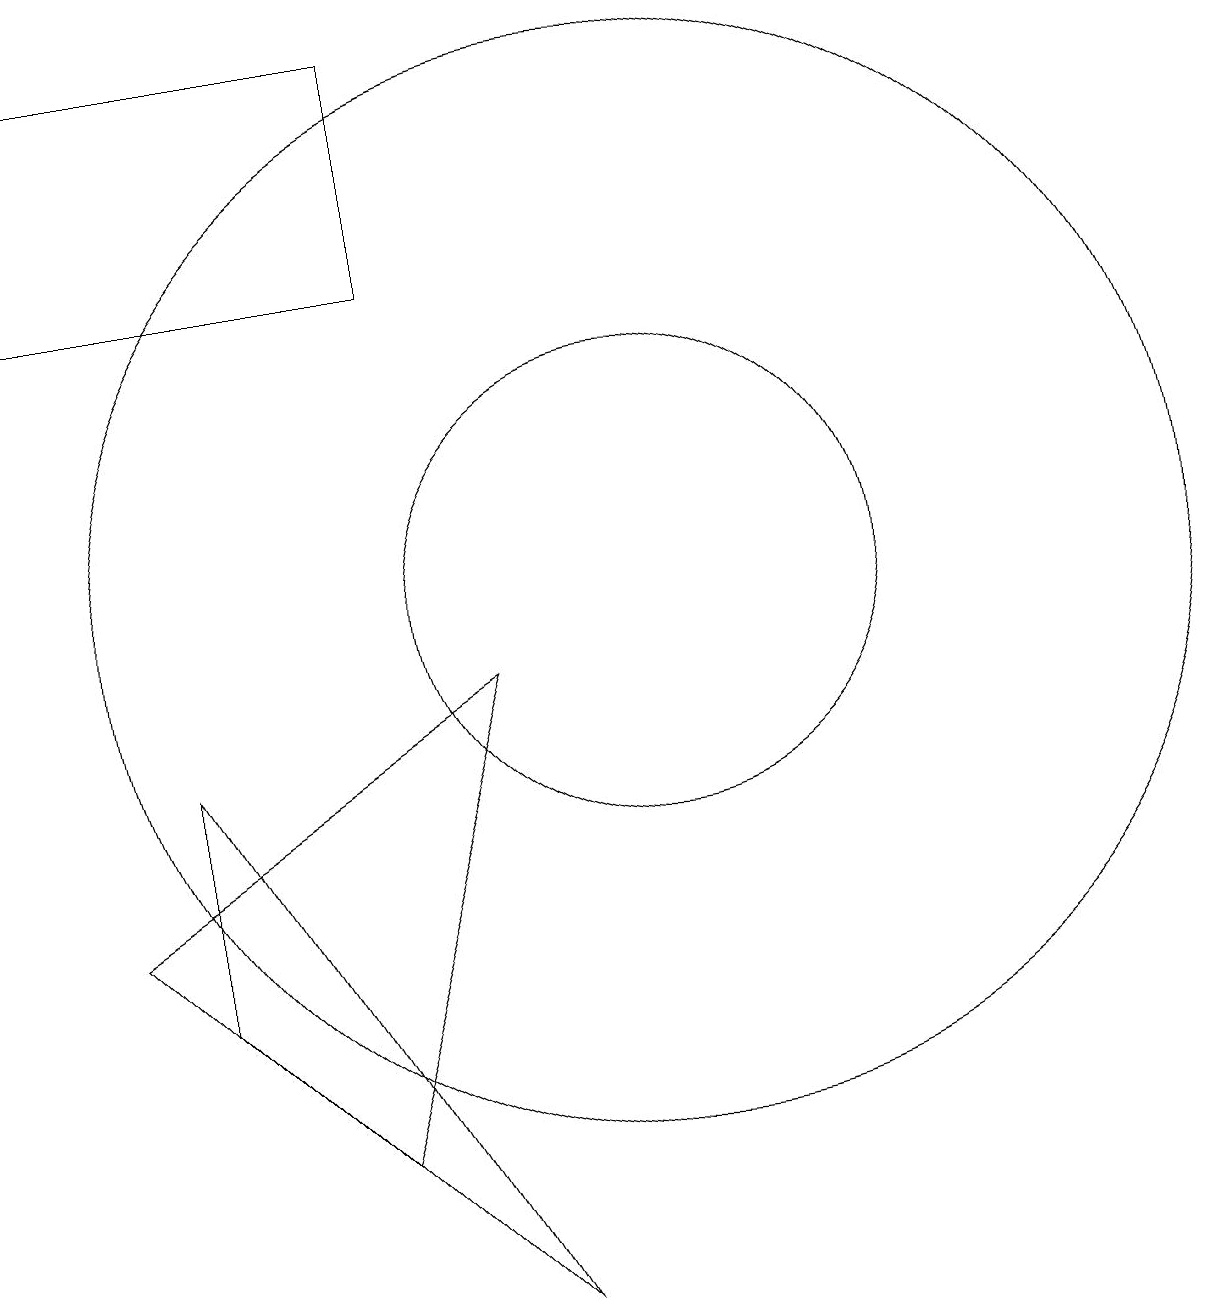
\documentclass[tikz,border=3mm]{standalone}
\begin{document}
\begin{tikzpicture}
\draw (2,14) rectangle (7,17);
\draw (10,10) circle (7);
\draw (10,10) circle (3);
\draw (8,9) -- (3,6) -- (6,3) -- cycle;
\draw (4,8) -- (4,5) -- (8,1) -- cycle;
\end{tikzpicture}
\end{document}